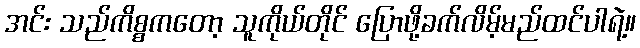
အင်း သည်ကိစ္စကတော့ သူကိုယ်တိုင် ပြောဖို့ခက်လိမ့်မည်ထင်ပါရဲ့။